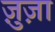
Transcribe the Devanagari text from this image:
ज़ुज़ा